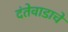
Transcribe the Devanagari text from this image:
दंतेवाडाचे